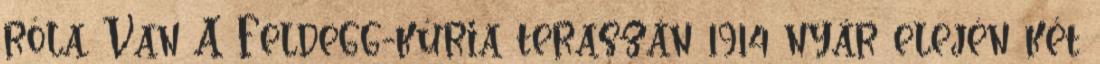
róla. Van A Feldegg-kúria teraszán 1914 nyár elején két